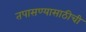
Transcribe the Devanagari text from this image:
तपासण्यासाठीची